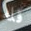
قله